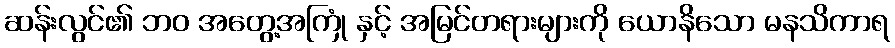
ဆန်းလွင်၏ ဘဝ အတွေ့အကြုံ နှင့် အမြင်တရားများကို ယောနိသော မနသိကာရ